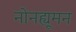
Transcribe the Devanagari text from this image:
नोनह्यूमन